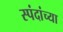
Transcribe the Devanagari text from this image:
स्पंदांच्या